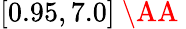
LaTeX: [0.95,7.0]\mathrm{~\AA~}